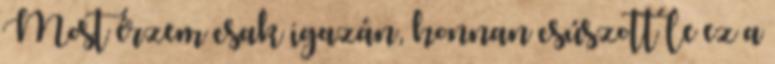
Most érzem csak igazán, honnan csúszott le ez a